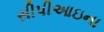
સીપીઆઇના